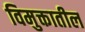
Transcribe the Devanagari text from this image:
विमुक्तातील